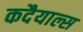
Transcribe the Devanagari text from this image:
कदैयाल्स